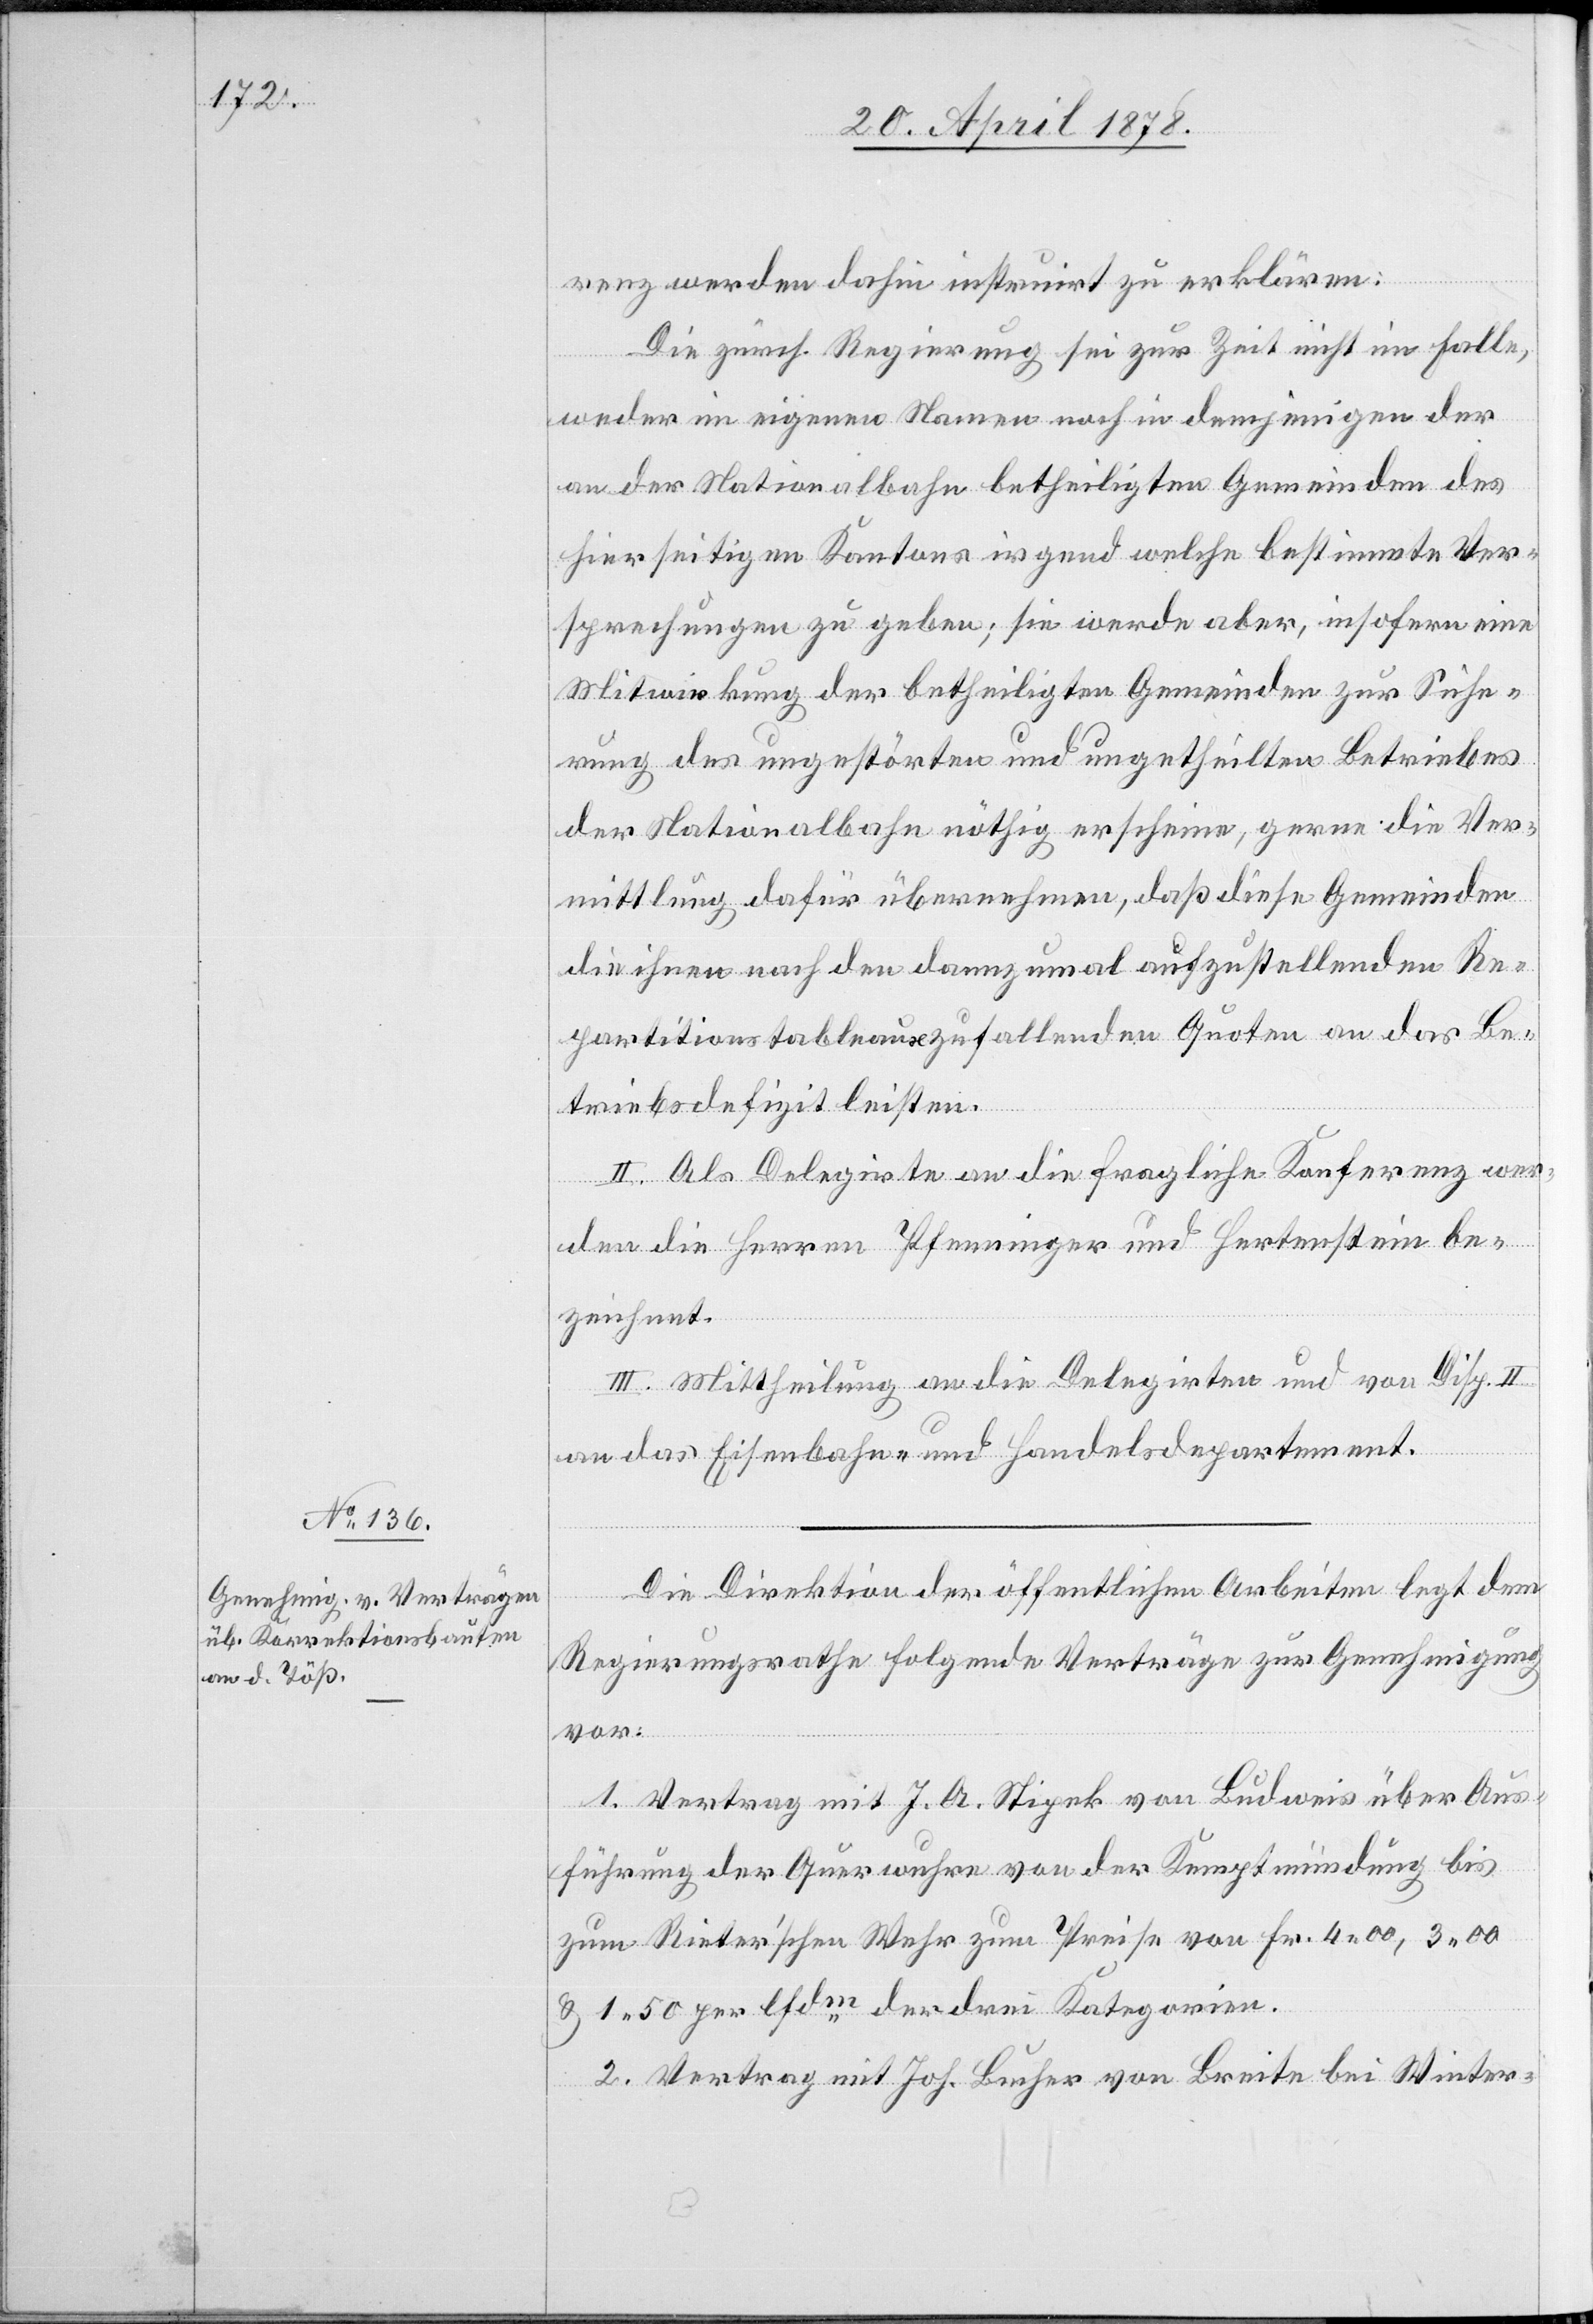
renz werden dahin instruirt zu erklären:
Die zürch. Regierung sei zur Zeit nicht im Falle,
weder im eigenen Namen noch in demjenigen der
an der Nationalbahn betheiligten Gemeinden des
hierseitigen Kantons irgend welche bestimmte Ver¬
sprechungen zu geben; sie werde aber, insofern eine
Mitwirkung der betheiligten Gemeinden zur Siche¬
rung des ungestörten und ungetheilten Betriebes
der Nationalbahn nöthig erscheine, gerne die Ver¬
mittlung dafür übernehmen, das diese Gemeinden
die ihnen nach den dannzumal aufzustellenden Re¬
partitionstableaux zufallenden Quoten an das Be¬
triebsdefizit leisten.
II. Als Delegirte an die fragliche Konferenz wer¬
den die Herren Pfenninger und Hertenstein be¬
zeichnet.
III. Mittheilung an die Delegirten und von Disp. II.
an das Eisenbahn- und Handelsdepartement.
Die Direktion der öffentlichen Arbeiten legt dem
Regierungsrathe folgende Verträge zur Genehmigung
vor:
1. Vertrag mit J. A. Stipek von Budweis über Aus¬
führung der Querwuhre von der Kemptmündung bis
zum Rieter’schen Wehr zum Preise von 4.00, 3.00
& 1.50 per lfdm der drei Kategorien.
2. Vertrag mit Joh. Bucher von Breite bei Winter-